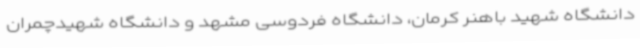
دانشگاه شهید باهنر کرمان، دانشگاه فردوسی مشهد و دانشگاه شهیدچمران